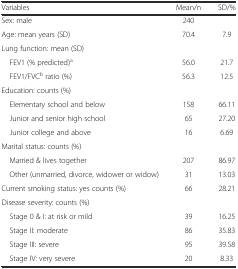
<table><thead><tr><td><b>Variables</b></td><td><b>Mean/n</b></td><td><b>SD/%</b></td></tr></thead><tbody><tr><td>Sex: male</td><td>240</td><td></td></tr><tr><td>Age: mean years (SD)</td><td>70.4</td><td>7.9</td></tr><tr><td>Lung function: mean (SD)</td><td></td><td></td></tr><tr><td> FEV1 (% predicted)<sup>a</sup></td><td>56.0</td><td>21.7</td></tr><tr><td> FEV1/FVC<sup>b</sup> ratio (%)</td><td>56.3</td><td>12.5</td></tr><tr><td>Education: counts (%)</td><td></td><td></td></tr><tr><td> Elementary school and below</td><td>158</td><td>66.11</td></tr><tr><td> Junior and senior high school</td><td>65</td><td>27.20</td></tr><tr><td> Junior college and above</td><td>16</td><td>6.69</td></tr><tr><td>Marital status: counts (%)</td><td></td><td></td></tr><tr><td> Married &amp; lives together</td><td>207</td><td>86.97</td></tr><tr><td> Other (unmarried, divorce, widower or widow)</td><td>31</td><td>13.03</td></tr><tr><td>Current smoking status: yes counts (%)</td><td>66</td><td>28.21</td></tr><tr><td>Disease severity: counts (%)</td><td></td><td></td></tr><tr><td> Stage 0 &amp; I: at risk or mild</td><td>39</td><td>16.25</td></tr><tr><td> Stage II: moderate</td><td>86</td><td>35.83</td></tr><tr><td> Stage III: severe</td><td>95</td><td>39.58</td></tr><tr><td> Stage IV: very severe</td><td>20</td><td>8.33</td></tr></tbody></table>